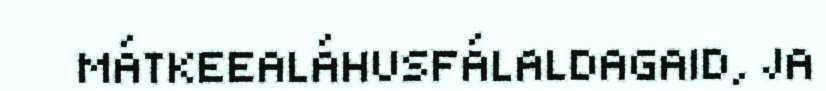
MÁTKEEALÁHUSFÁLALDAGAID, JA